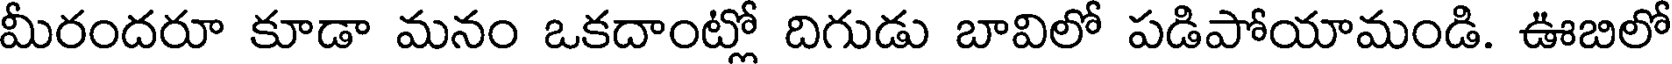
మీరందరూ కూడా మనం ఒకదాంట్లో దిగుడు బావిలో పడిపోయామండి. ఊబిలో